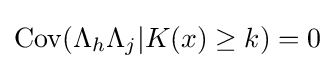
\mathrm {Cov} (\Lambda _{h}\Lambda _{j}|K(x)\geq k)=0